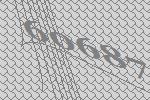
60687